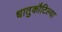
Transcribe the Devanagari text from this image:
धातुकौटिल्या